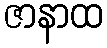
ဇာနာထ